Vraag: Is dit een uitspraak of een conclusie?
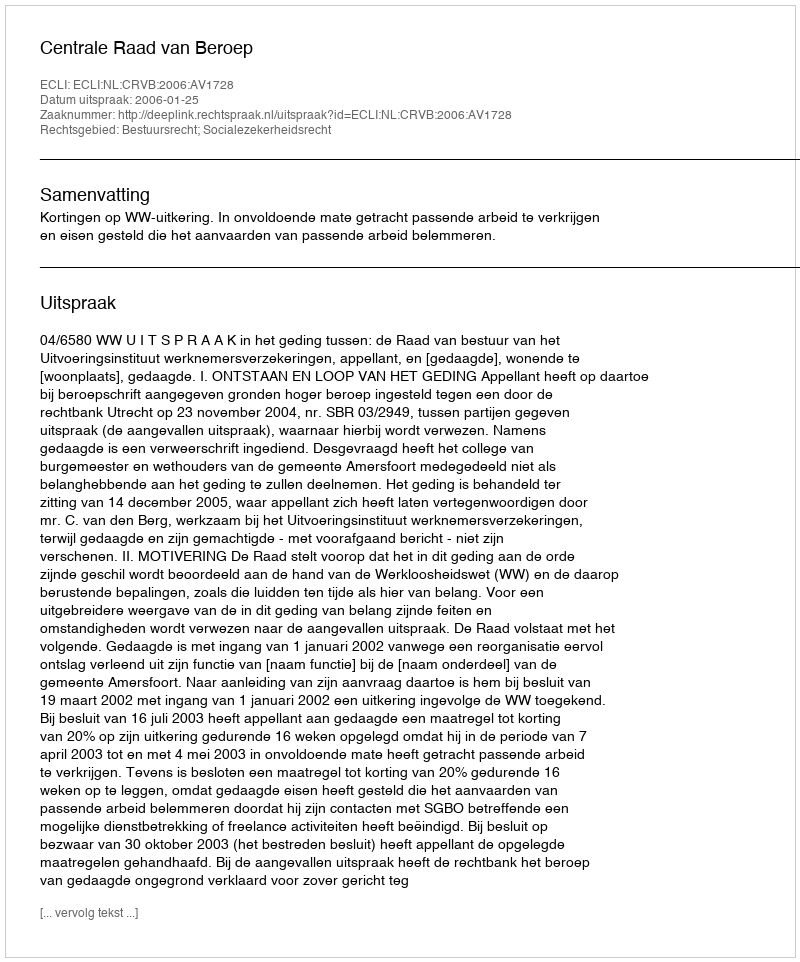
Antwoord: Uitspraak